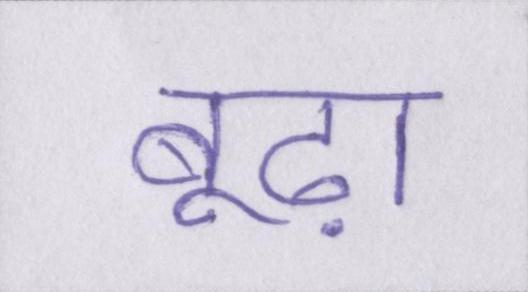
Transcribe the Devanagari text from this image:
बूढ़ा